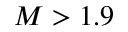
M > 1 . 9